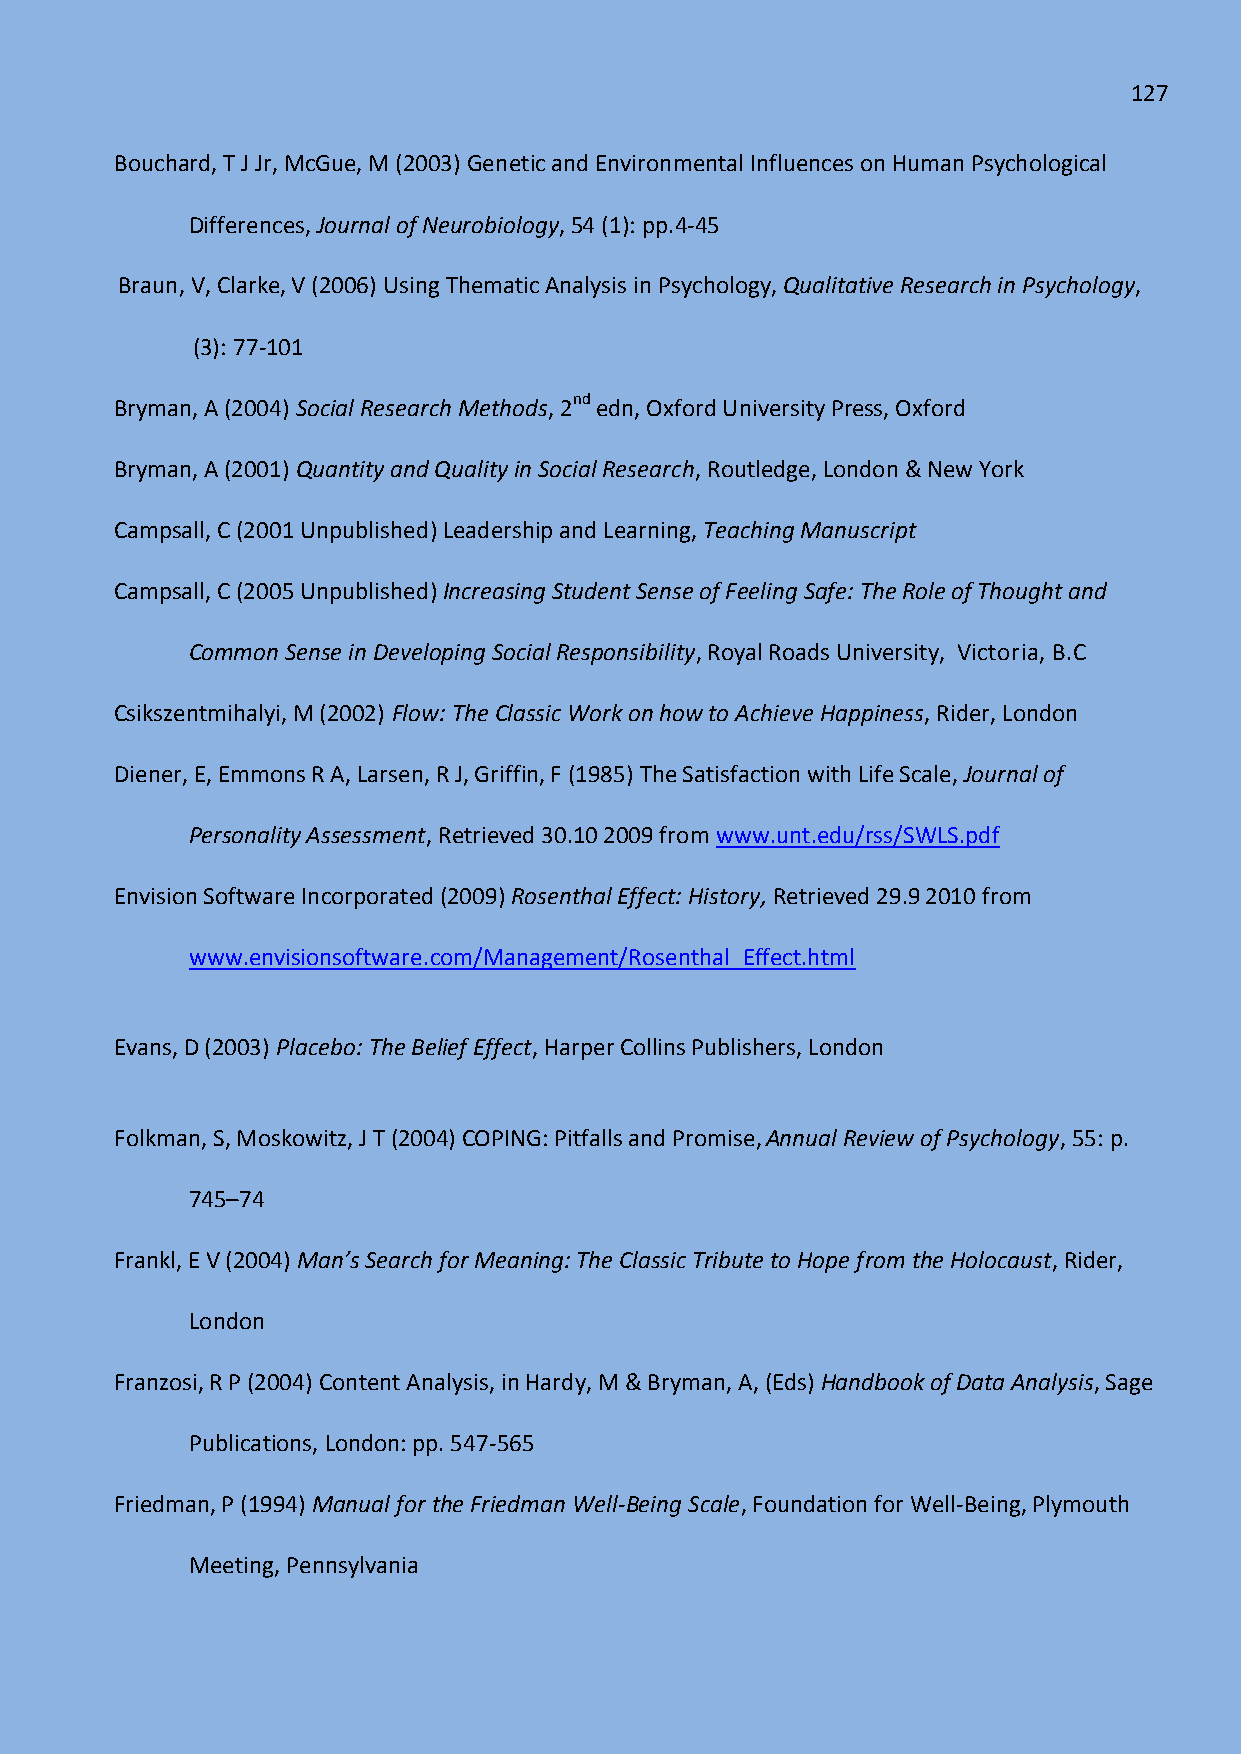
127
 Bouchard, T J Jr, McGue, M (2003) Genetic and Environmental Influences on Human Psychological
 Differences, Journal of Neurobiology, 54 (1): pp.4-45
 Braun, V, Clarke, V (2006) Using Thematic Analysis in Psychology, Qualitative Research in Psychology,
 (3): 77-101
 Bryman, A (2004) Social Research Methods, 2nd edn, Oxford University Press, Oxford
 Bryman, A (2001) Quantity and Quality in Social Research, Routledge, London & New York
 Campsall, C (2001 Unpublished) Leadership and Learning, Teaching Manuscript
 Campsall, C (2005 Unpublished) Increasing Student Sense of Feeling Safe: The Role of Thought and
 Common Sense in Developing Social Responsibility, Royal Roads University, Victoria, B.C
 Csikszentmihalyi, M (2002) Flow: The Classic Work on how to Achieve Happiness, Rider, London
 Diener, E, Emmons R A, Larsen, R J, Griffin, F (1985) The Satisfaction with Life Scale, Journal of
 Personality Assessment, Retrieved 30.10 2009 from www.unt.edu/rss/SWLS.pdf
 Envision Software Incorporated (2009) Rosenthal Effect: History, Retrieved 29.9 2010 from
 www.envisionsoftware.com/Management/Rosenthal_Effect.html
 Evans, D (2003) Placebo: The Belief Effect, Harper Collins Publishers, London
 Folkman, S, Moskowitz, J T (2004) COPING: Pitfalls and Promise,Annual Review of Psychology, 55: p.
 745–74
 Frankl, E V (2004) Man’s Search for Meaning: The Classic Tribute to Hope from the Holocaust, Rider,
 London
 Franzosi, R P (2004) Content Analysis, in Hardy, M & Bryman, A, (Eds) Handbook of Data Analysis, Sage
 Publications, London: pp. 547-565
 Friedman, P (1994) Manual for the Friedman Well-Being Scale, Foundation for Well-Being, Plymouth
 Meeting, Pennsylvania